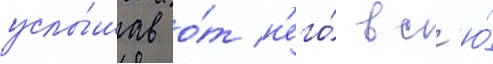
услы́шав о́т н'его́ вс'ю́